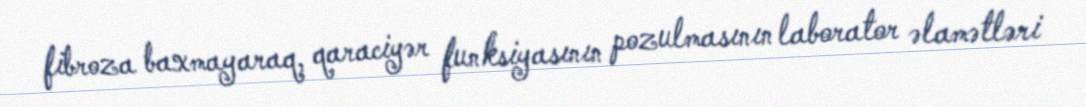
fibroza baxmayaraq, qaraciyər funksiyasının pozulmasının laborator əlamətləri